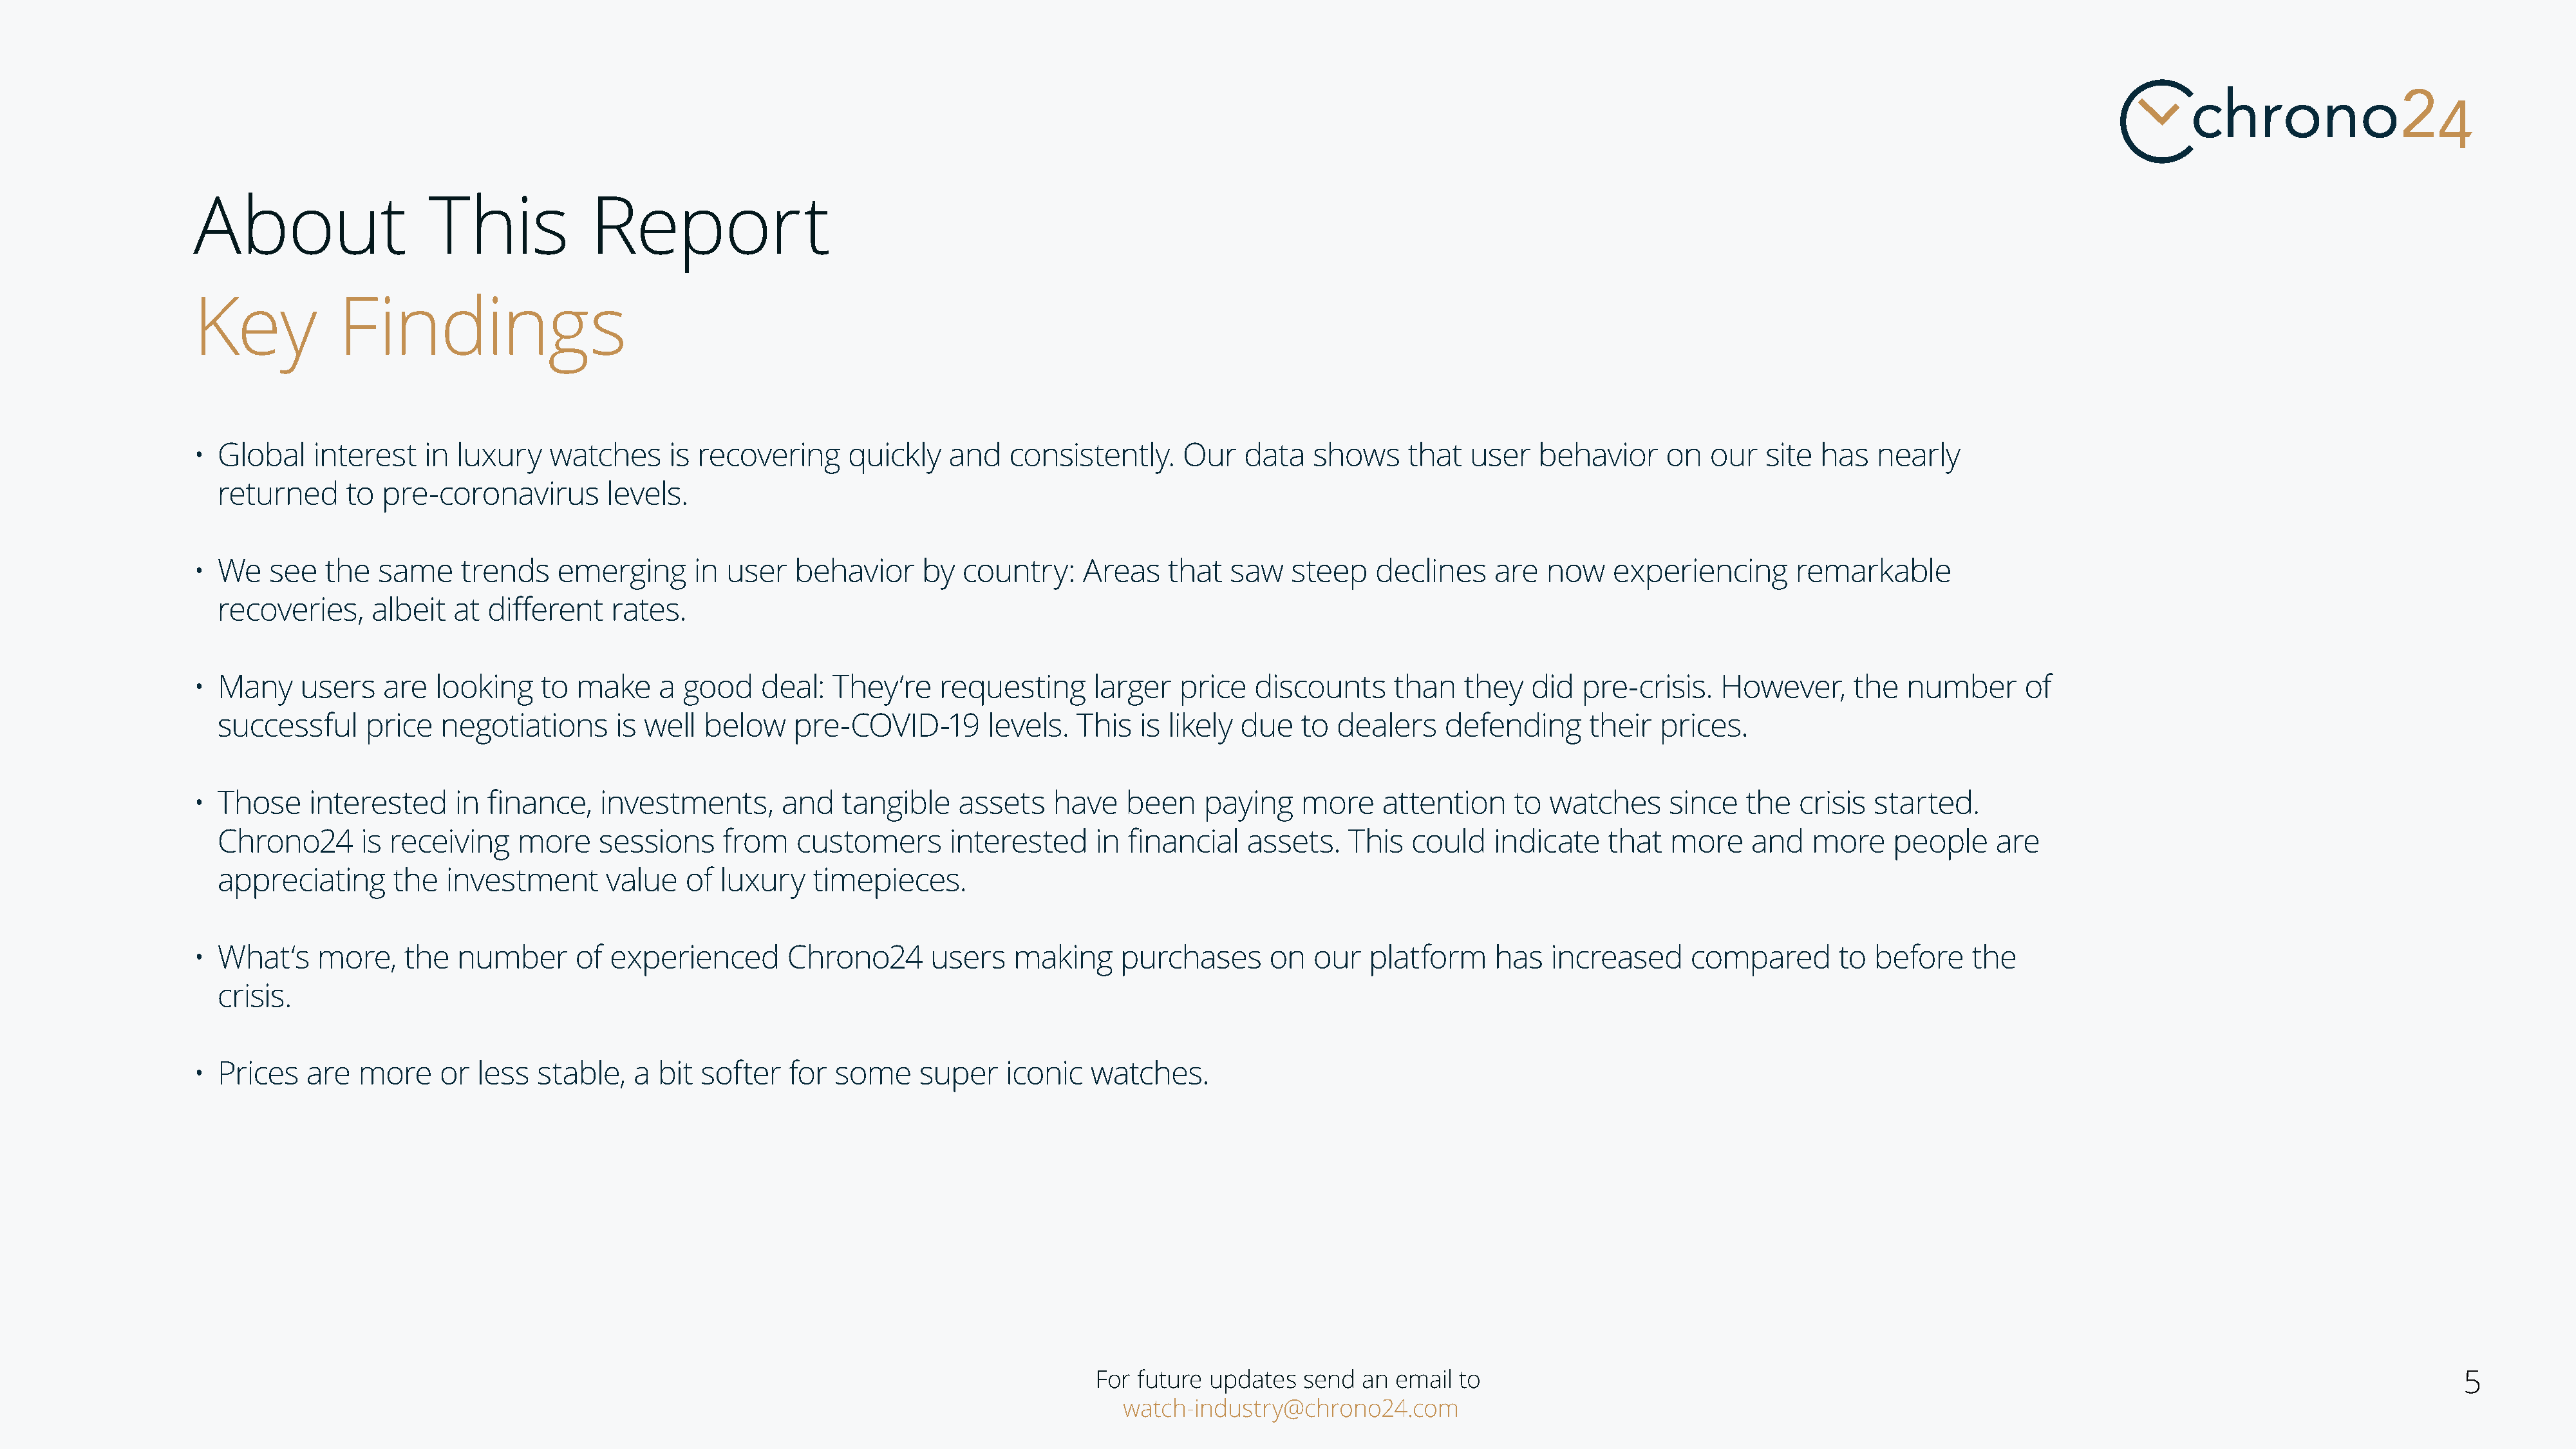
About                   This             Report
 Key            Findings
 • Global    interest    in luxury   watches      is recovering     quickly   and    consistently.     Our   data   shows     that  user   behavior     on   our  site  has   nearly
 returned      to pre-coronavirus        levels.
 • We    see  the   same    trends    emerging      in  user   behavior     by  country:    Areas    that  saw    steep   declines     are  now    experiencing       remarkable
 recoveries,     albeit   at different    rates.
 • Many     users   are   looking    to make     a good    deal:   They‘re    requesting     larger   price   discounts     than   they   did   pre-crisis.   However,      the  number      of
 successful      price  negotiations      is well  below     pre-COVID-19        levels.  This  is likely due    to dealers    defending      their   prices.
 • Those     interested     in finance,    investments,      and    tangible   assets    have    been    paying    more    attention     to watches      since  the   crisis  started.
 Chrono24       is receiving    more     sessions    from    customers       interested     in financial   assets.    This  could    indicate   that   more    and   more     people    are
 appreciating      the   investment      value   of  luxury    timepieces.
 • What‘s     more,    the  number      of  experienced       Chrono24       users   making     purchases      on   our   platform     has  increased      compared       to  before    the
 crisis.
 • Prices   are   more    or  less  stable,   a  bit softer   for  some    super    iconic   watches.
 For future updates   send  an email  to                                                                                                     5
 watch-industry@chrono24.com